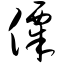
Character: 僳